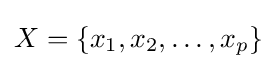
X=\{x_{1},x_{2},\dots ,x_{p}\}